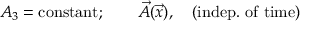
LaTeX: A _ { 3 } = \mathrm { c o n s t a n t } ; \qquad \vec { A } ( \vec { x } ) , \quad \mathrm { ( i n d e p . ~ o f ~ t i m e ) }